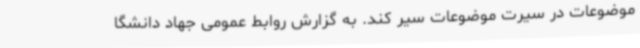
موضوعات در سیرت موضوعات سیر کند. به گزارش روابط عمومی جهاد دانشگا